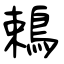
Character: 鵣